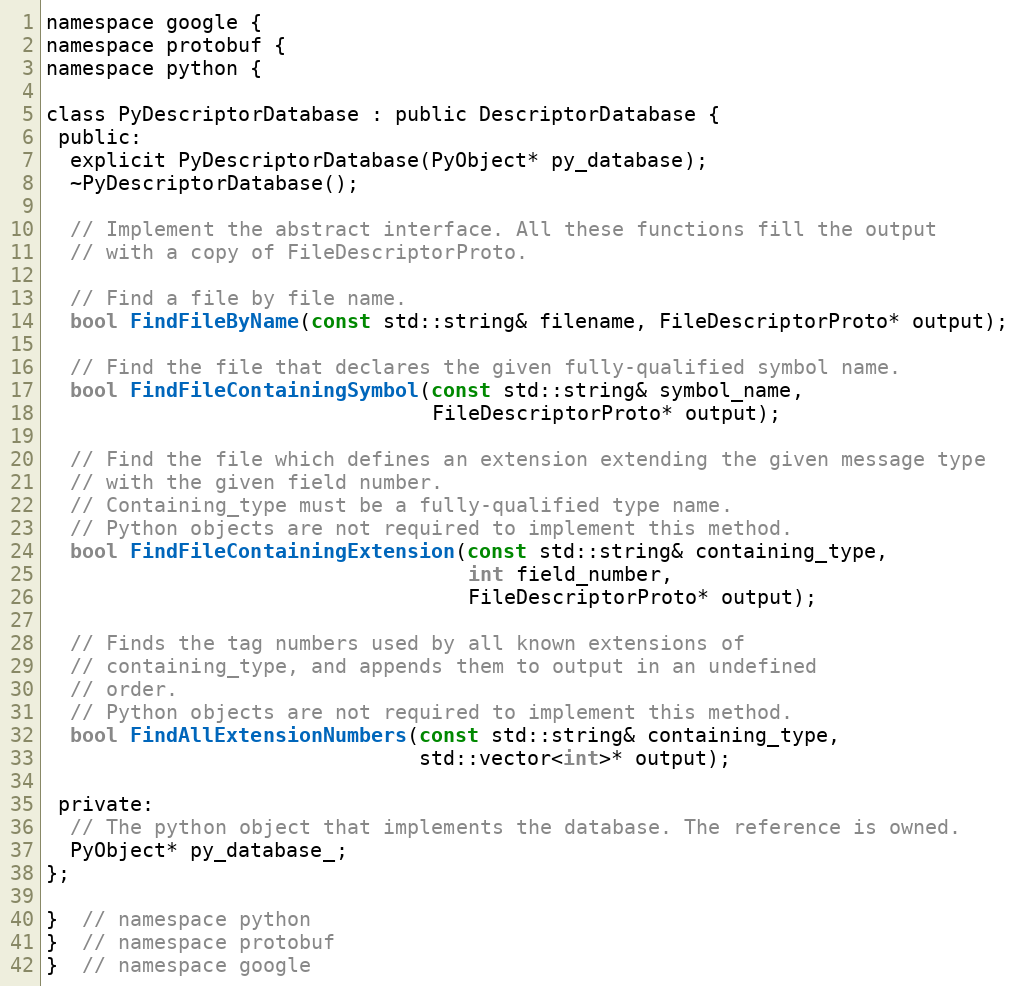
Language: C
namespace google {
namespace protobuf {
namespace python {

class PyDescriptorDatabase : public DescriptorDatabase {
 public:
  explicit PyDescriptorDatabase(PyObject* py_database);
  ~PyDescriptorDatabase();

  // Implement the abstract interface. All these functions fill the output
  // with a copy of FileDescriptorProto.

  // Find a file by file name.
  bool FindFileByName(const std::string& filename, FileDescriptorProto* output);

  // Find the file that declares the given fully-qualified symbol name.
  bool FindFileContainingSymbol(const std::string& symbol_name,
                                FileDescriptorProto* output);

  // Find the file which defines an extension extending the given message type
  // with the given field number.
  // Containing_type must be a fully-qualified type name.
  // Python objects are not required to implement this method.
  bool FindFileContainingExtension(const std::string& containing_type,
                                   int field_number,
                                   FileDescriptorProto* output);

  // Finds the tag numbers used by all known extensions of
  // containing_type, and appends them to output in an undefined
  // order.
  // Python objects are not required to implement this method.
  bool FindAllExtensionNumbers(const std::string& containing_type,
                               std::vector<int>* output);

 private:
  // The python object that implements the database. The reference is owned.
  PyObject* py_database_;
};

}  // namespace python
}  // namespace protobuf
}  // namespace google